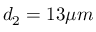
d _ { 2 } = 1 3 \mu m